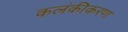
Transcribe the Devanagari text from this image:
कलंकीकरण